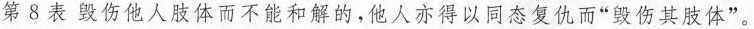
第8表毁伤他人肢体而不能和解的，他人亦得以同态复仇而”毁伤其肢体”。